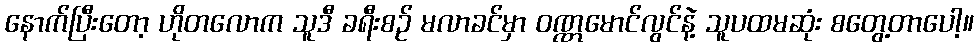
နောက်ပြီးတော့ ဟိုတလောက သူဒီ ခရီးစဉ် မလာခင်မှာ ဝဏ္ဏမောင်လွင်နဲ့ သူပထမဆုံး စတွေ့တာပေါ့။